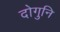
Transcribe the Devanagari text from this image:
दोगुनि